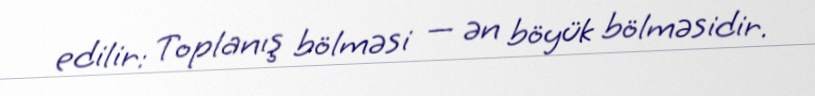
edilir: Toplanış bölməsi — ən böyük bölməsidir.